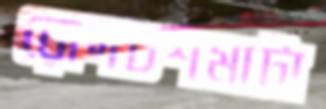
রোদচশমাটা